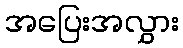
အပြေးအလွှား